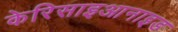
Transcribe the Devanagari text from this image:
केरिसाइआनाइड